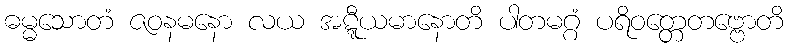
ဓမ္မသောတံ ဇဝနမနော လယ အဋ္ဋီယမာနောတိ ပါတမဂ္ဂံ ပရိဝတ္တေတဗ္ဗောတိ